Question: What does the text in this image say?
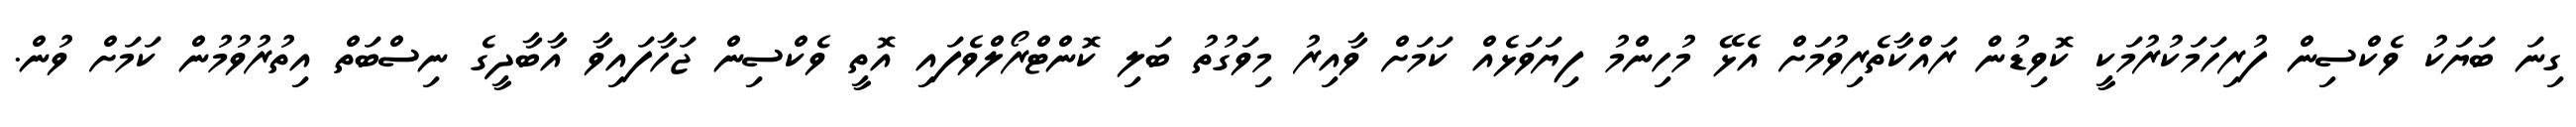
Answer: ގިނަ ބަޔަކު ވެކްސިން ފުރިހަމަކުރުމަކީ ކޮވިޑުން ރައްކާތެރިވުމަށް އެޅޭ މުހިންމު ފިޔަވަޅެއް ކަމަށް ވާއިރު މިވަގުތު ބަލި ކޮންޓްރޯލްވެފައި އޮތީ ވެކްސިން ޖަހާފައިވާ އާބާދީގެ ނިސްބަތް އިތުރުވުމުން ކަމަށް ވުން.